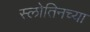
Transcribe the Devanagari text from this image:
स्लोतिनच्या